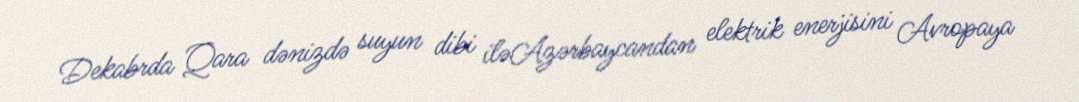
Dekabrda Qara dənizdə suyun dibi iləAzərbaycandan elektrik enerjisini Avropaya